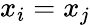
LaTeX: x_{i}=x_{j}